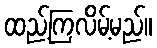
ထည့်ကြလိမ့်မည်။